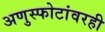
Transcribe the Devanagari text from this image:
अणुस्फोटांवरही